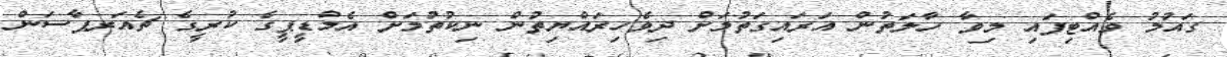
ގައުމު ވެއްޓިފައި މިވާ ހާލަތުން އަރައިގަތުމަށް ދިވެހިރައްޔިތުން ނިކުތުމަށް އެމްޑީޕީގެ ކުރީގެ ޗެއަރޕާސަން